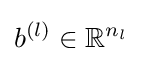
b^{(l)}\in \mathbb {R} ^{n_{l}}